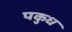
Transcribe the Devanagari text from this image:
पकुध